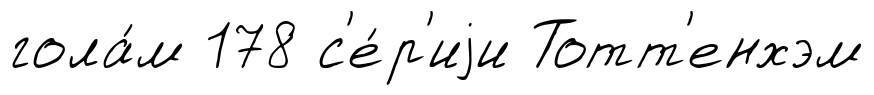
гола́м 178 с'е́р'иjи Тотт'енхэм